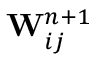
\mathbf { W } _ { i j } ^ { n + 1 }